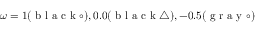
\omega = 1 ( \mathrm { ~ b ~ l ~ a ~ c ~ k ~ } \circ ) , 0 . 0 ( \mathrm { ~ b ~ l ~ a ~ c ~ k ~ } \bigtriangleup ) , - 0 . 5 ( \mathrm { ~ g ~ r ~ a ~ y ~ } \circ )